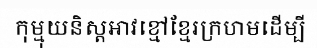
កុម្មុយនិស្តអាវខ្មៅខ្មែរក្រហមដើម្បី